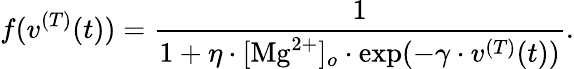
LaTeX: f(v^{(T)}(t))=\frac{1}{1+\eta\cdot[\mathrm{Mg}^{2+}]_{o}\cdot\exp(-\gamma\cdot v^{(T)}(t))}.